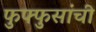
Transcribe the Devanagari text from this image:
फुफ्फुसांची